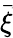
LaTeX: \vec{\xi}